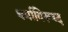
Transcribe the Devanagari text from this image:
धर्माविरूध्द